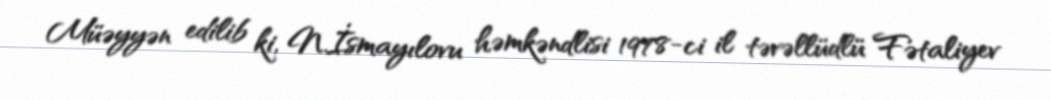
Müəyyən edilib ki, N.İsmayılovu həmkəndlisi 1978-ci il təvəllüdlü Fətaliyev